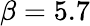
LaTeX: \beta=5.7